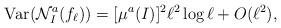
LaTeX: \begin{align*} {\rm Var}({\cal N}^a_I(f_{\ell}))= [\mu^a(I)]^2 \ell^2 \log \ell + O(\ell^2),\end{align*}